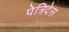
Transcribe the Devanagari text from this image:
पेत्रिदेस